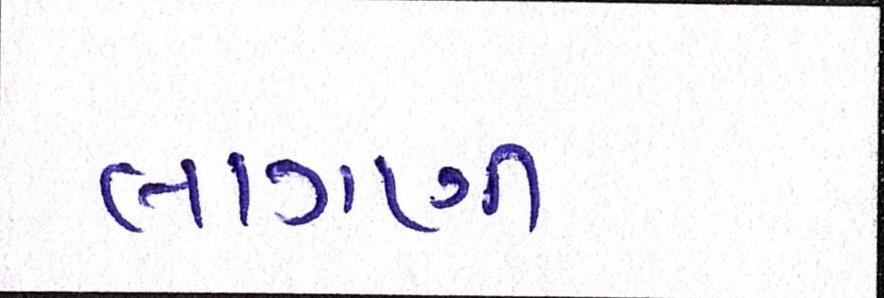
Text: લાગણી